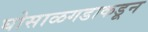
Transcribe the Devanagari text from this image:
घोसाळगडाकडून